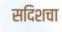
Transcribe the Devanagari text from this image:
सदिशचा